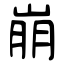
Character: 崩